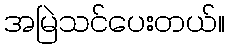
အမြဲသင်ပေးတယ်။